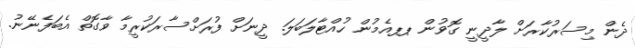
ދެން މިސަރުކާރަށް ލާދީނީ ގޮވުން ޕޕއެމުން ހުއްޓާލަބަލަ. ދީނަށް ފުރަށްސާރަކުރީމާ ވާގޮތް އެބަފެނޭނު.